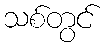
သစ်တွင်